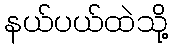
နယ်ပယ်ထဲသို့